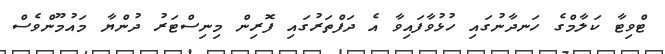
ޓްވިޓާ ކަލާމްގެ ހަނދާނުގައި ހުޅުވާފައިވާ އެ ދަފްތަރުގައި ފޮރިން މިނިސްޓަރު ދުންޔާ މައުމޫންވެސް